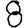
Digit: 8